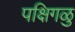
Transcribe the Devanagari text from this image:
पक्षिगळु